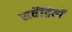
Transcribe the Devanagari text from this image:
सर्वेंद्रियों